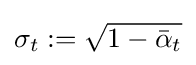
\sigma _{t}:={\sqrt {1-{\bar {\alpha }}_{t}}}